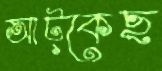
আট্‌কেছ